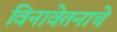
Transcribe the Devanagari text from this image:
विनावेतनाचे